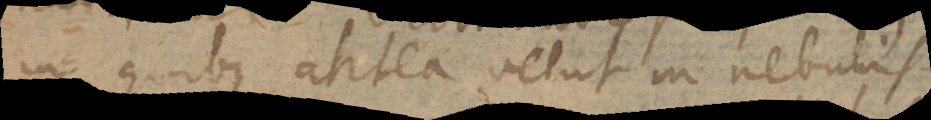
in quibus antea velut in nebulis